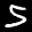
Label: 5